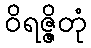
ဝိရဇ္ဇိတုံ